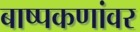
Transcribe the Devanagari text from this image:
बाष्पकणांवर